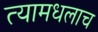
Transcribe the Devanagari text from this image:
त्यामधलाच